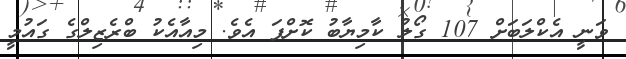
ވަނީ އެކްލަބަށް 107 ގޯލު ކާމިޔާބު ކޮށްފަ އެވެ. މިއާއެކު ބްރެޒިލްގެ ގައުމީ